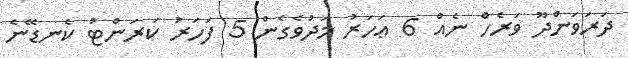
ދަރަވަންދޫ ވަރެހް ނެއް 6 ޢަހަރު މަދުވެގެން 5 ފަހަރު ކަރަންޓު ކެނޑޭނެ